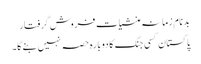
بدنامِ زمانہ منشیات فروش گرفتار
پاکستان کسی جنگ کا دوبارہ حصہ نہیں بنے گا۔